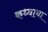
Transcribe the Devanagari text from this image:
कध्वाया